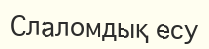
Слаломдық есу